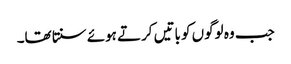
جب وہ لوگوں کو باتیں کرتے ہوئے سنتا تھا۔